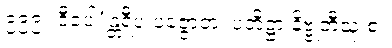
၉၉၉။ ဒီပေါ’န္တရီပ ပဇ္ဇောတ၊ ပတိဋ္ဌာ နိဗ္ဗုတီသု စ။